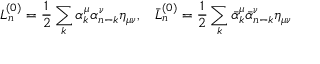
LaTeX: L _ { n } ^ { ( 0 ) } = \frac { 1 } { 2 } \sum _ { k } \alpha _ { k } ^ { \mu } \alpha _ { n - k } ^ { \nu } \eta _ { \mu \nu } { , } \quad \bar { L } { } _ { n } ^ { ( 0 ) } = \frac { 1 } { 2 } \sum _ { k } \bar { \alpha } { } _ { k } ^ { \mu } \bar { \alpha } { } _ { n - k } ^ { \nu } \eta _ { \mu \nu }